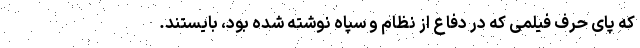
که پای حرف فیلمی که در دفاع از نظام و سپاه نوشته شده بود، بایستند.